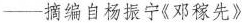
——摘编自杨振宁《邓稼先》